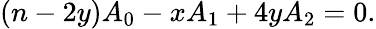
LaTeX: (n-2y)A_{0}-xA_{1}+4yA_{2}=0.